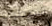
الاضطراب